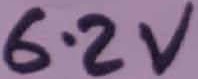
Text: 6.2V